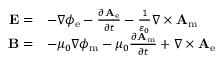
{ \begin{array} { r l } { \mathbf { E } = } & { - \nabla \phi _ { \mathrm { e } } - { \frac { \partial \mathbf { A } _ { \mathrm { e } } } { \partial t } } - { \frac { 1 } { \varepsilon _ { 0 } } } \nabla \times \mathbf { A } _ { \mathrm { m } } } \\ { \mathbf { B } = } & { - \mu _ { 0 } \nabla \phi _ { \mathrm { m } } - \mu _ { 0 } { \frac { \partial \mathbf { A } _ { \mathrm { m } } } { \partial t } } + \nabla \times \mathbf { A } _ { \mathrm { e } } } \end{array} }